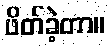
ဖိတ်ခဲ့တာ။